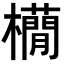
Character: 𣟫